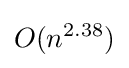
O(n^{2.38})